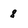
Character: 8